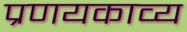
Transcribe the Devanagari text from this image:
प्रणयकाव्य